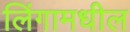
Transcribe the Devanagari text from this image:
लिंगामधील